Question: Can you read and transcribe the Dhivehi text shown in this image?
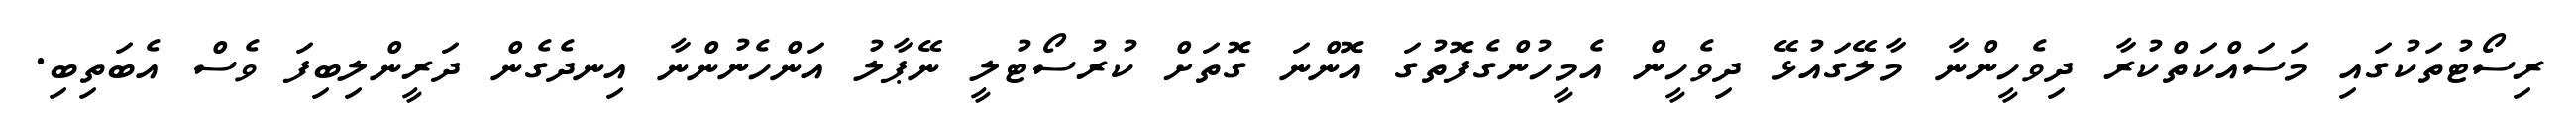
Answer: ރިސޯޓުތަކުގައި މަސައްކަތްކުރާ ދިވެހީންނާ މާލޭގައުޅޭ ދިވެހީން އެމީހުންގެފޮތުގަ އޮންނަ ގޮތަށް ކުރުސޯޓުލީ ނޭޕާލު އަންހެނުންނާ އިނދެގެން ދަރީންލިބިފަ ވެސް އެބަތިބި.